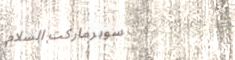
سوبرماركت السلام